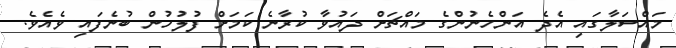
މައްސަލާގައި އެދެ އަންހެނުންގެ މައްޗަށް ދައުވާ ކުރާނެ ކަމަށް ފުލުހުން ބުނެފައި ވެއެވެ.